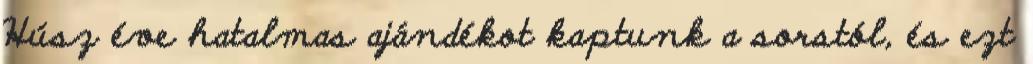
Húsz éve hatalmas ajándékot kaptunk a sorstól, és ezt